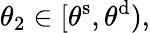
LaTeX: \theta_{2}\in[\theta^{\mathrm{s}},\theta^{\mathrm{d}}),